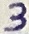
Text: 3